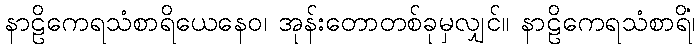
နာဠိကေရသံစာရိယေနေဝ၊ အုန်းတောတစ်ခုမှလျှင်။ နာဠိကေရသံစာရိံ၊